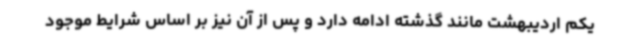
یکم اردیبهشت مانند گذشته ادامه دارد و پس از آن نیز بر اساس شرایط موجود